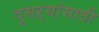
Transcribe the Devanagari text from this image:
दुसऱ्यांसाठी